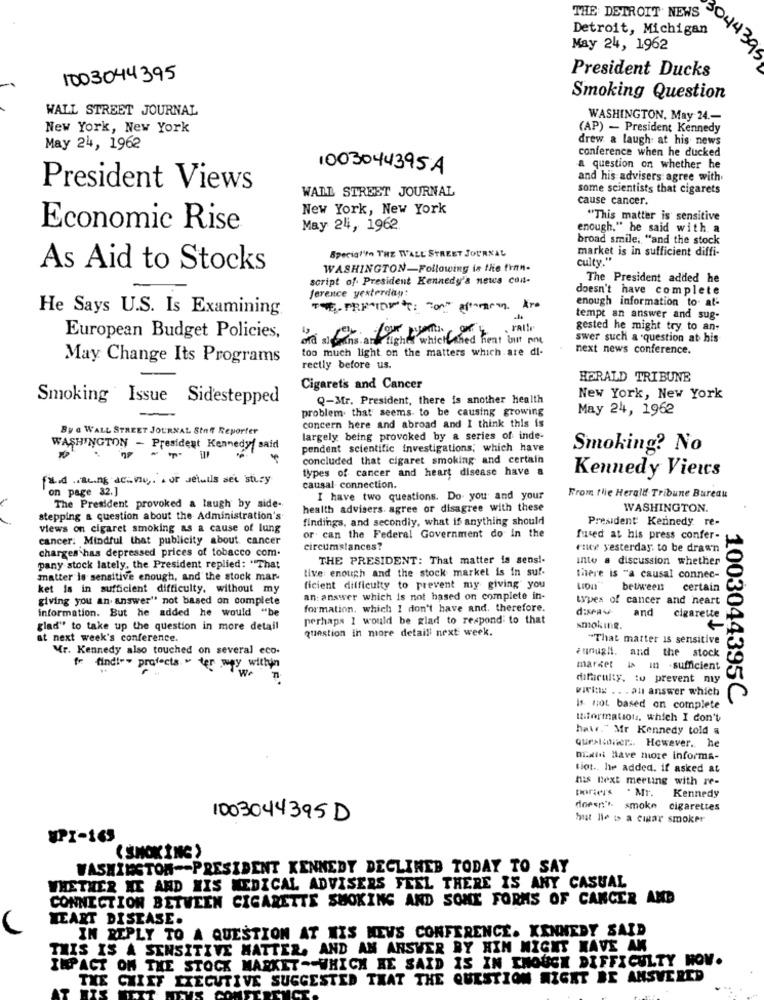
THE DETROIT NEWS
Detroit, Michigan
May 24, 1962
President Ducks
1003044395
Smoking Question
WALL STREET JOURNAL
WASHINGTON, May 24 .-
New York, New York
(AP) - President Kennedy
drew a laugh at his news
May 24, 1962
conference when he ducked
1003044395A
a question on whether he
and his advisers agree with
President Views
some scientists that cigarets
WALL STREET JOURNAL
cause cancer.
New York, New York
"This matter is sensitive
Economic Rise
May 24, 1962
enough," he said with a
broad smile, "and the stock
market is in sufficient diffi-
Special'ta THE WALL STREET JOURNAL
culty."
As Aid to Stocks
WASHINGTON-Following is the finn-
script of President Kennedy's news con-
The President added he
doesn't have complete
ference yesterday:
enough information to. at-
He Says U.S. Is Examining
tempt an answer and sug-
gested he might try to an-
European Budget Policies,
swer such a question at his-
too much light on the matters which are di-
next news conference.
May Change Its Programs
rectly before us.
HERALD TRIBUNE
Cigarets and Cancer
Smoking Issue Sidestepped
Q-Mr. President, there is another health
New York, New York
problem. that seems to be causing growing
May 24, 1962
By a WALL STREET JOURNAL Stoff Reporter
concern here and abroad and I think this is
largely being provoked by a series of inde-
WASHINGTON - President Kennedy/ said
pendent scientific investigations; which have
Smoking? No
concluded that cigaret smoking and certain
types of cancer and heart disease have a
få.d ... c.ng ative ,. . or Jeluils set stury
Kennedy Views
on page 32.]
causal connection.
I have two questions. Do you and your
From the Herald Tribune Bureau
The President provoked a laugh by side-
health advisers. agree or disagree with these
WASHINGTON.
stepping a question about the Administration's
findings, and secondly, what if anything should
President Kennedy re-
views on cigaret smoking as a cause of lung
cancer. Mindful that publicity about cancer
or can the Federal Government do In the
furred at his press confer-
charges has depressed prices of tobacco com.
circumstances?
ruce yesterday. to be drawn
THE PRESIDENT: That matter is sens !-
into a discussion whether
pany stock lately. the President replied: "That
tive enough and the stock market is in suf-
matter is sensitive enough, and the stock mar-
there is "a causal connec-
ket is in sufficient difficulty. without my
ficient difficulty to prevent my giving you
between
certain
giving you an answer" not based on complete
an: answer which is not based on complete in-
types of cancer and neart
information. But he added he would "be
formation, which I don't have and, therefore.
disPa
and
perhaps I would be glad to respond to that
cigarette
glad" to take up the question in more detail
question in more detaill next week.
smoking.
at next week's conference.
"That matter is sensitive
Mr. Kennedy also touched on several eco-
Funughi. and the stock
fr findi -- projects " ter vey within
"we
market
Is in -sufficient
difaculty. to prevent my
vitis .. . au answer which
1003044395C
Is not based on complete
Miformations, which I don't
hatr." Mr Kennedy told a
queeltoner :. However ., he
DEaid Have more informa-
tiot .. he added. if asked at
his next meeting with re-
poriers . Mr.
Kennedy
doesn't. smoke
cigarettes
1003044395D
but lle i a cigar smoker
VPI-163
( SMOKING )
WASHINGTON -- PRESIDENT KENNEDY DECLINED TODAY TO SAY
WHETHER HE AND HIS MEDICAL ADVISERS FEEL THERE IS ANY CASUAL
CONNECTION BETWEEN CIGARETTE SMOKING AND SOME FORMS OF CANCER AND
HEART DISEASE.
IN REPLY TO A QUESTION AT WIS MEWS CONFERENCE. KENNEDY SAID
THIS IS A SENSITIVE MATTER, AND AN ANSWER BY HIM MIGHT HAVE AN
IMPACT ON THE STOCK MARKET -- WHICH HE SAID IS IN ENOUGH DIFFICULTY HOV.
THE CHIEF EXECUTIVE SUGGESTED THAT THE QUESTION MIGHT BE ANSWERED